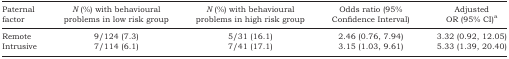
<table><thead><tr><td><b>Paternal factor</b></td><td><b><i>N</i> (%) with behavioural problems in low risk group</b></td><td><b><i>N</i> (%) with behavioural problems in high risk group</b></td><td><b>Odds ratio (95% Confidence Interval)</b></td><td><b>Adjusted OR (95% CI)a</b></td></tr></thead><tbody><tr><td>Remote</td><td>9/124 (7.3)</td><td>5/31 (16.1)</td><td>2.46 (0.76, 7.94)</td><td>3.32 (0.92, 12.05)</td></tr><tr><td>Intrusive</td><td>7/114 (6.1)</td><td>7/41 (17.1)</td><td>3.15 (1.03, 9.61)</td><td>5.33 (1.39, 20.40)</td></tr></tbody></table>